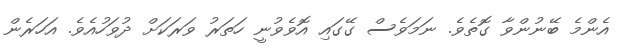
އެންމެ ބޭނުންވާ ގޮތެވެ. ނަމަވެސް ގޭގައި އޮވެވުނީ ހަތަރު ވަރަކަށް ދުވަހުއެވެ. އަހަރެން